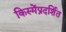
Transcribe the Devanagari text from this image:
किस्मेंप्रदर्शित